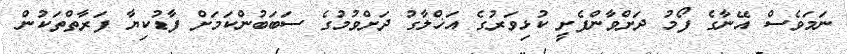
ނަމަވެސް އޭނާގެ ފޯމު ދަށްވާންފެށީ ކުޅިވަރުގެ އަޚްލާގު ދަށްވުމުގެ ސަބަބުންކަމަށް ފާޑުކިޔާ ފަރާތްތަކުން